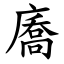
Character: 㢗